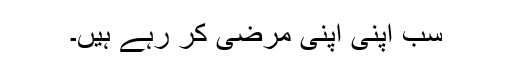
سب اپنی اپنی مرضی کر رہے ہیں۔